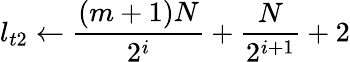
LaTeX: l_{t2}\gets\frac{(m+1)N}{2^{i}}+\frac{N}{2^{i+1}}+2